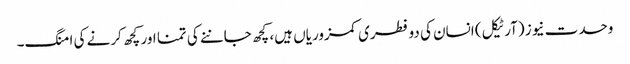
وحدت نیوز (آرٹیکل) انسان کی دو فطری کمزوریاں ہیں، کچھ جاننے کی تمنا اور کچھ کرنے کی امنگ۔